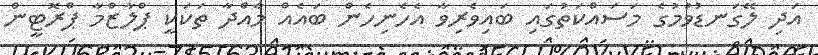
އަދި ލޭގަނޑުވުމުގެ މަސައްކަތުގައި ބައިވެރިވާ އެހެނިހެން ބައެއް މާއްދާ ތަކަކީ ޕްލާޒްމާ ޕްރޮޓީން